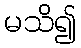
မသိ၍